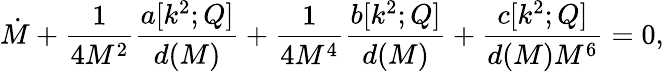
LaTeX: \dot{M}+\frac{1}{4M^{2}}\frac{a[k^{2};Q]}{d(M)}+\frac{1}{4M^{4}}\frac{b[k^{2};Q]}{d(M)}+\frac{c[k^{2};Q]}{d(M)M^{6}}=0,